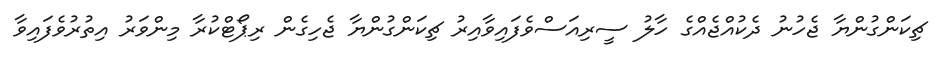
ޗިކަންގުންޔާ ޖެހުނު ދެކުއްޖެއްގެ ހާލު ސީރިއަސްވެފައިވާއިރު ޗިކަންގުންޔާ ޖެހިގެން ރިޕޯޓްކުރާ މިންވަރު އިތުރުވެފައިވާ